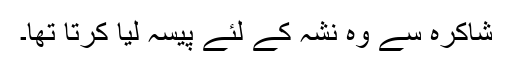
شاکرہ سے وہ نشہ کے لئے پیسہ لیا کرتا تھا۔